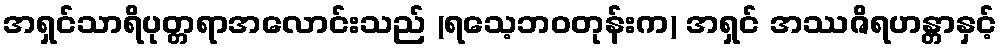
အရှင်သာရိပုတ္တရာအလောင်းသည် (ရသေ့ဘဝတုန်းက) အရှင် အဿဇိရဟန္တာနှင့်